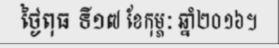
ថ្ងៃពុធ ទី១៧ ខែកុម្ភៈ ឆ្នាំ២០១៦។